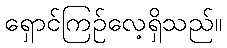
ရှောင်ကြဉ်လေ့ရှိသည်။